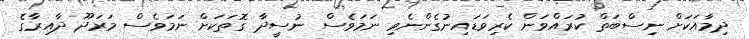
ދިމާއަކަށް ނިސްބަތް ކުރައްވަން ކެރިވަޑައިނުގެންނެވި ނަމަވެސް ނުސީދާ ގޮތަކަށް ނަމަވެސް މަރަދޫ ދާއިރާގެ